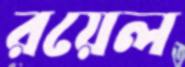
রয়েল